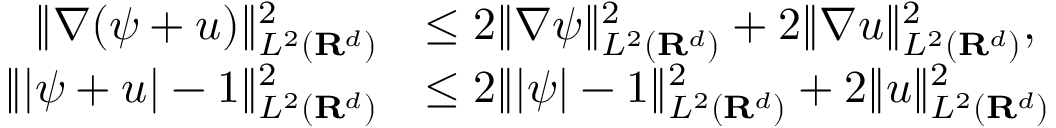
\begin{array} { r l } { \| \nabla ( \psi + u ) \| _ { L ^ { 2 } ( { \mathbf R } ^ { d } ) } ^ { 2 } } & { \leq 2 \| \nabla \psi \| _ { L ^ { 2 } ( { \mathbf R } ^ { d } ) } ^ { 2 } + 2 \| \nabla u \| _ { L ^ { 2 } ( { \mathbf R } ^ { d } ) } ^ { 2 } , } \\ { \| | \psi + u | - 1 \| _ { L ^ { 2 } ( { \mathbf R } ^ { d } ) } ^ { 2 } } & { \leq 2 \| | \psi | - 1 \| _ { L ^ { 2 } ( { \mathbf R } ^ { d } ) } ^ { 2 } + 2 \| u \| _ { L ^ { 2 } ( { \mathbf R } ^ { d } ) } ^ { 2 } } \end{array}